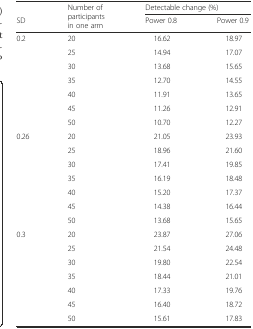
|  | <ROWSPAN=2> Number of participants in one arm | <COLSPAN=2> Detectable change (%) |
 | SD | Power 0.8 | Power 0.9 |
 | --- | --- | --- | --- |
 | 0.2 | 20 | 16.62 | 18.97 |
 |  | 25 | 14.94 | 17.07 |
 |  | 30 | 13.68 | 15.65 |
 |  | 35 | 12.70 | 14.55 |
 |  | 40 | 11.91 | 13.65 |
 |  | 45 | 11.26 | 12.91 |
 |  | 50 | 10.70 | 12.27 |
 | 0.26 | 20 | 21.05 | 23.93 |
 |  | 25 | 18.96 | 21.60 |
 |  | 30 | 17.41 | 19.85 |
 |  | 35 | 16.19 | 18.48 |
 |  | 40 | 15.20 | 17.37 |
 |  | 45 | 14.38 | 16.44 |
 |  | 50 | 13.68 | 15.65 |
 | 0.3 | 20 | 23.87 | 27.06 |
 |  | 25 | 21.54 | 24.48 |
 |  | 30 | 19.80 | 22.54 |
 |  | 35 | 18.44 | 21.01 |
 |  | 40 | 17.33 | 19.76 |
 |  | 45 | 16.40 | 18.72 |
 |  | 50 | 15.61 | 17.83 |